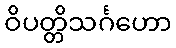
ဝိပတ္တိသင်္ဂဟော